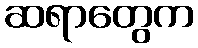
ဆရာတွေက